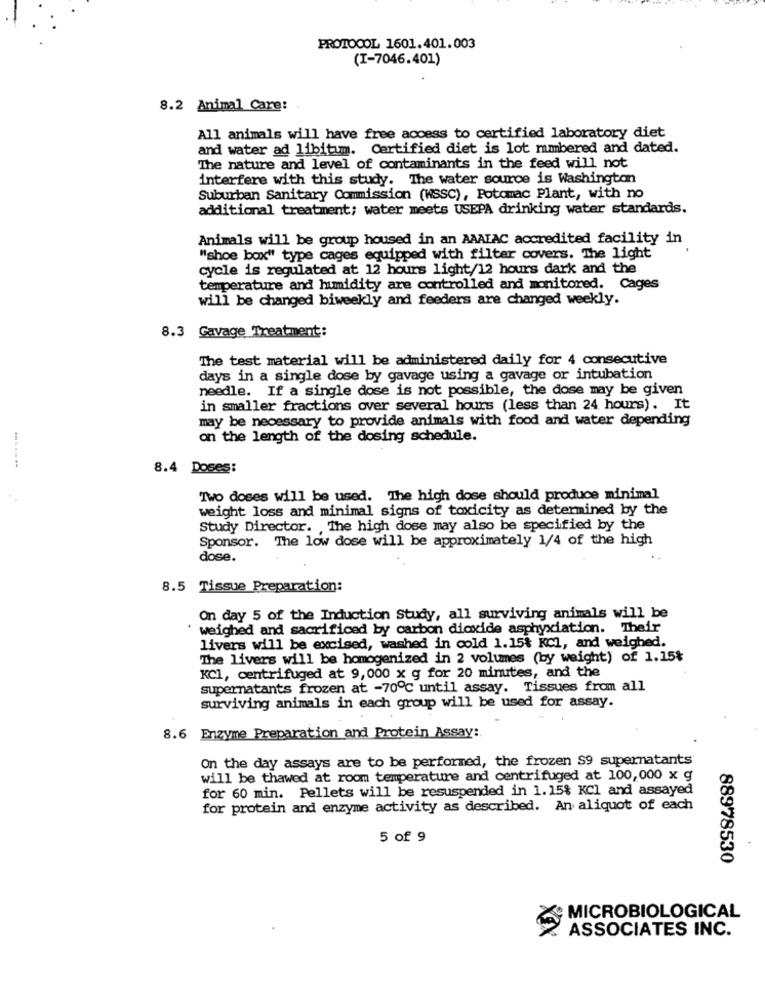
PROTOCOL 1601.401.003
(I-7046.401)
8.2 Animal Care:
All animals will have free access to certified laboratory diet
and water ad libitumm. Certified diet is lot mmbered and dated.
The nature and level of contaminants in the feed will not
interfere with this study. The water source is Washington
Suburban Sanitary Commission (WSSC), Potomac Plant, with no
additional treatment; water meets USEPA drinking water standards.
Animals will be group housed in an AAATAC accredited facility in
"shoe box" type cages equipped with filter covers. The light
cycle is regulated at 12 hours light/12 hours dark and the
temperature and humidity are controlled and monitored. Cages
will be changed biweekly and feeders are changed weekly.
8.3 Gavage Treatment:
The test material will be administered daily for 4 consecutive
days in a single dose by gavage using a gavage or intubation
needle. If a single dose is not possible, the dose may be given
in smaller fractions over several hours (less than 24 hours). It
may be necessary to provide animals with food and water depending
on the length of the dosing schedule.
8.4 Doses:
Two doses will be used. The high dose should produce minimal
weight loss and minimal signs of toxicity as determined by the
Study Director. , The high dose may also be specified by the
Sponsor. The low dose will be approximately 1/4 of the high
dose.
8.5 Tissue Preparation:
On day 5 of the Induction Study, all surviving animals will be
weighed and sacrificed by carbon dioxide asphyxiation. Their
livers will be excised, washed in cold 1.15% KCI, and weighed.
The livers will be homogenized in 2 volumes (by weight) of 1.15%
KC1, centrifuged at 9,000 x g for 20 minutes, and the
supernatants frozen at -70℃ until assay. Tissues from all
surviving animals in each group will be used for assay.
8.6 Enzyme Preparation and Protein Assay:
On the day assays are to be performed, the frozen S9 supernatants
will be thawed at room temperature and centrifuged at 100,000 x g
for 60 min. Pellets will be resuspended in 1.15% KCl and assayed
for protein and enzyme activity as described. An aliquot of each
5 of 9
88978530
MICROBIOLOGICAL
ASSOCIATES INC.